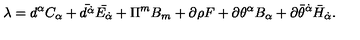
\lambda = d ^ { \alpha } C _ { \alpha } + \bar { d ^ { \dot { \alpha } } } \bar { E _ { \dot { \alpha } } } + \Pi ^ { m } B _ { m } + \partial \rho F + \partial \theta ^ { \alpha } B _ { \alpha } + \partial { \bar { \theta } } ^ { \dot { \alpha } } { \bar { H } } _ { \dot { \alpha } } .